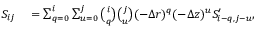
\begin{array} { r l } { S _ { i j } } & { { } = \sum _ { q = 0 } ^ { i } \sum _ { u = 0 } ^ { j } \binom { i } { q } \binom { j } { u } ( - \Delta r ) ^ { q } ( - \Delta z ) ^ { u } S _ { i - q , j - u } ^ { \prime } , } \end{array}